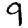
Digit: 9